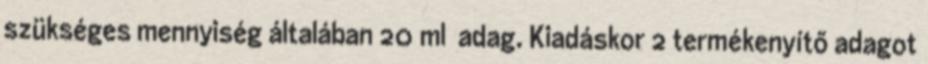
szükséges mennyiség általában 20 ml adag. Kiadáskor 2 termékenyítő adagot